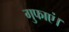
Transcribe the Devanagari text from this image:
गुफाएं।